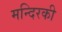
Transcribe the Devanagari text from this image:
मन्दिरकी